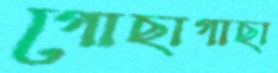
গোছাগাছা